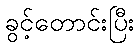
ခွင့်တောင်းပြီး